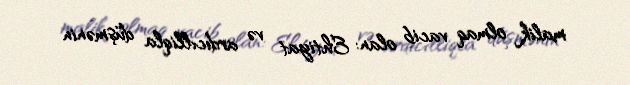
malik olmaq vacib olan: Ehtiyat və ardıcılliqla düşmənin